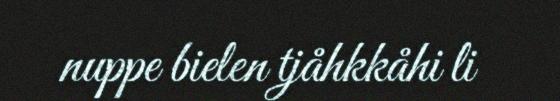
nuppe bielen tjåhkkåhi li